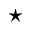
\star